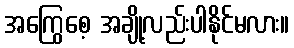
အကြွေစေ့ အချို့လည်းပါနိုင်မလား။